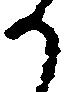
か